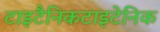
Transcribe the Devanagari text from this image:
टाइटैनिकटाइटेनिक